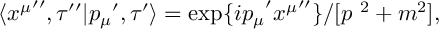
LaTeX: \langle { x ^ { \mu } } ^ { \prime \prime } , \tau ^ { \prime \prime } | { p _ { \mu } } ^ { \prime } , \tau ^ { \prime } \rangle = \exp \{ { i p _ { \mu } } ^ { \prime } { x ^ { \mu } } ^ { \prime \prime } \} / [ p ^ { \ 2 } + m ^ { 2 } ] ,